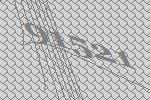
91521